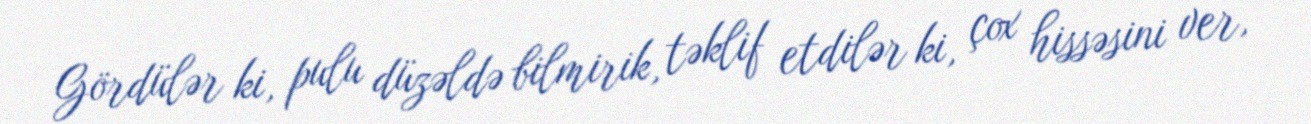
Gördülər ki, pulu düzəldə bilmirik, təklif etdilər ki, çox hissəsini ver,